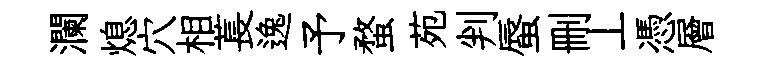
瀾熄穴相萇逸予蝥苑判蜃删丄憑層